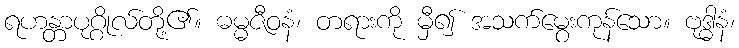
ရဟန္တာပုဂ္ဂိုလ်တို့၏။ ဓမ္မဇီဝနံ၊ တရားကို မှီ၍ အသက်မွေးကုန်သော။ ဗုဒ္ဓါနံ၊